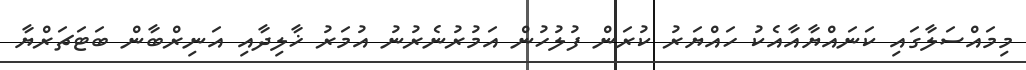
މިމައްސަލާގައި ކަނައްޔާއާއެކު ހައްޔަރު ކުރަން ފުލުހުން އަމުރުނެރުނު އުމަރު ޚާލިދާއި އަނިރްބާން ބަޓަޗަރްޔާ